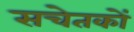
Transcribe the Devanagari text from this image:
सचेतकों